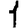
Digit: 1